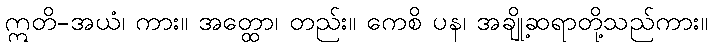
ဣတိ-အယံ၊ ကား။ အတ္ထော၊ တည်း။ ကေစိ ပန၊ အချို့ဆရာတို့သည်ကား။